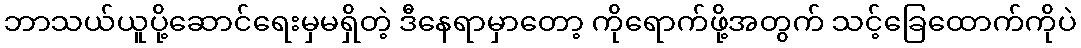
ဘာသယ်ယူပို့ဆောင်ရေးမှမရှိတဲ့ ဒီနေရာမှာတော့ ကိုရောက်ဖို့အတွက် သင့်ခြေထောက်ကိုပဲ